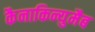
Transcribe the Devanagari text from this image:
कैनाकिन्युमैब